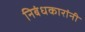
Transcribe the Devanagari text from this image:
निबंधकारांनी